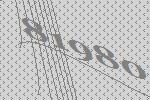
81980